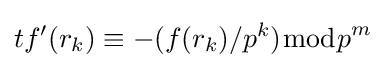
tf'(r_{k})\equiv -(f(r_{k})/p^{k}){\bmod {p}}^{m}